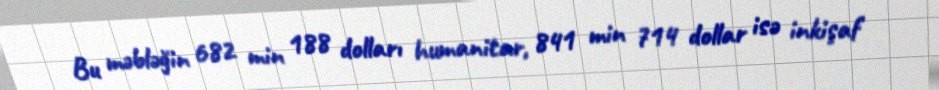
Bu məbləğin 682 min 188 dolları humanitar, 841 min 714 dollar isə inkişaf